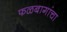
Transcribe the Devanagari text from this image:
फळबागांचा